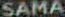
SAMA